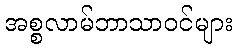
အစ္စလာမ်ဘာသာဝင်များ